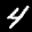
Label: 4